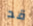
قد